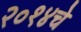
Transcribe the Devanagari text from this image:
२०१४चे